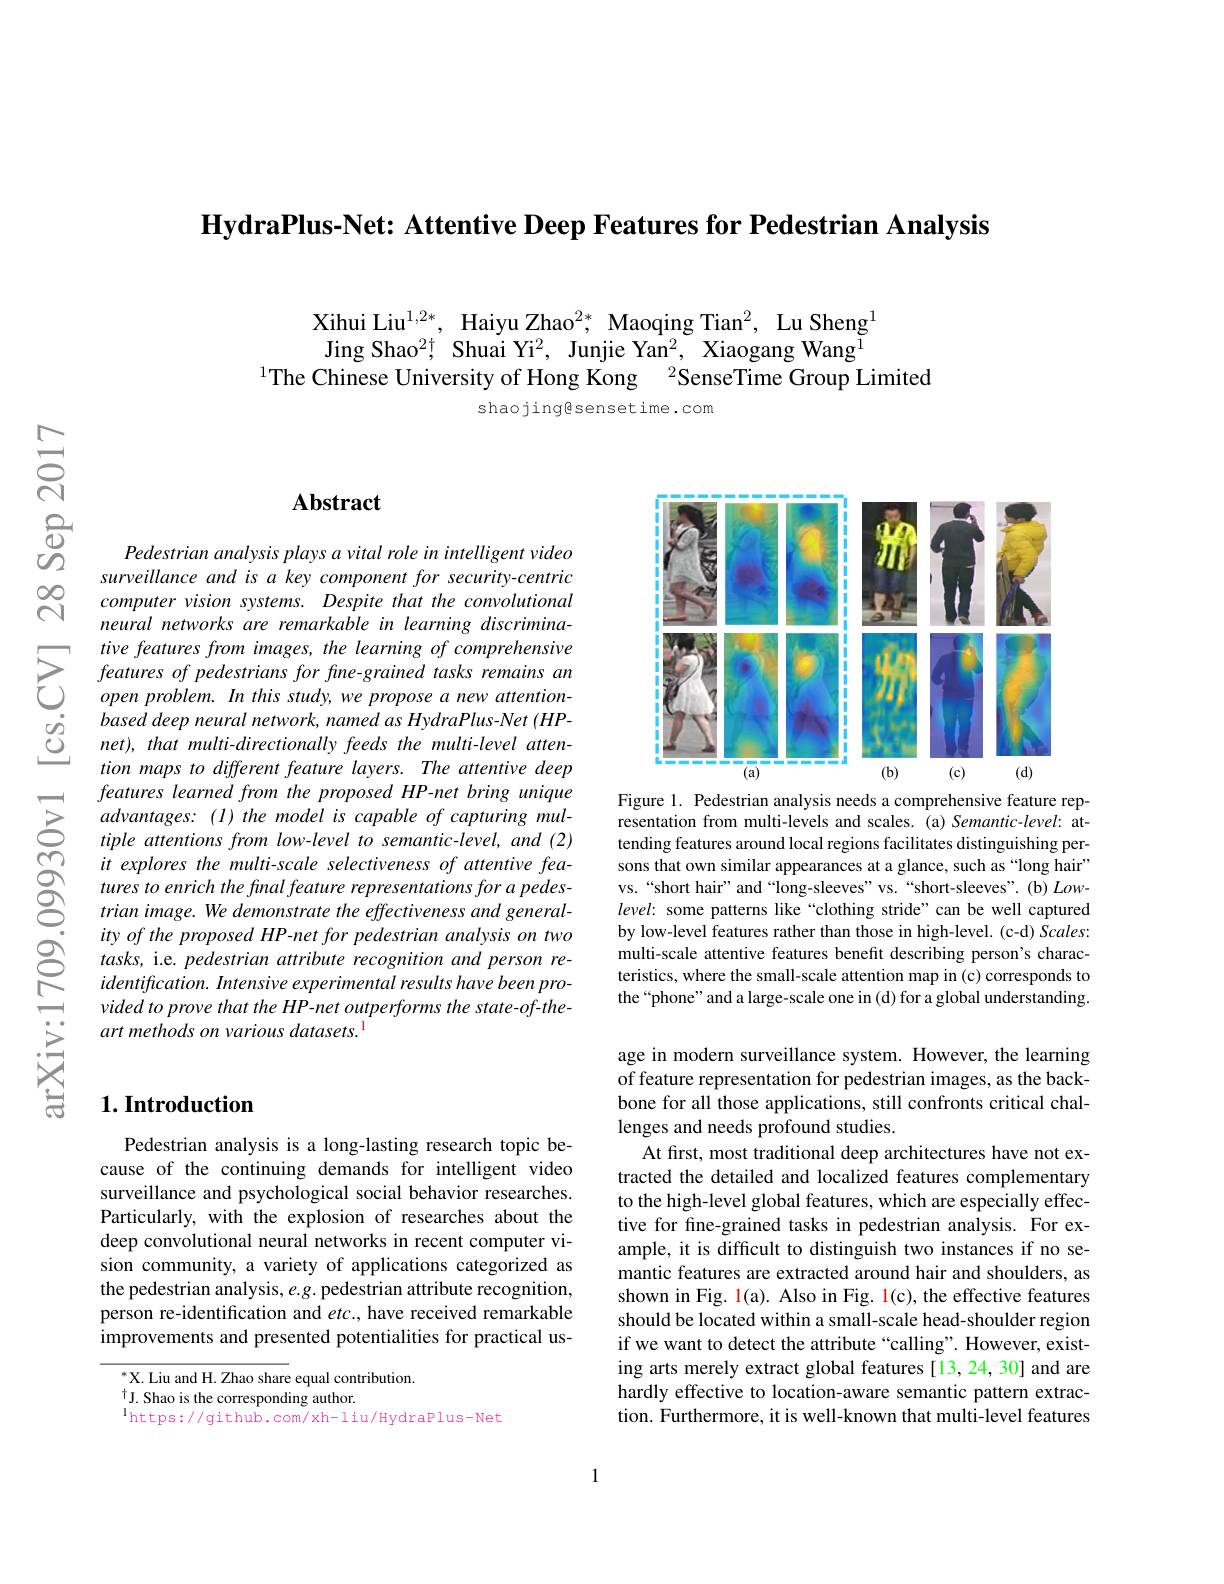
HydraPlus-Net: Attentive Deep Features for Pedestrian Analysis

Xihui Liu$^{1,2*}$, Haiyu Zhao$^{2*}$, Maoqing Tian$^2$, Lu Sheng$^{1}$ Jing Shao$^{2\dagger}$ Shuai Yi$^2$, Junjie Yan$^2$, Xiaogang Wang$^{1}$
$^{1}$The Chinese University of Hong Kong $^{2}$SenseTime Group Limited

shaojingesensetime.com

## $\mathbf{Abstract}$

Pedestrian analysis plays a vital role in intelligent video surveillance and is a key component for security-centric computer vision systems. Despite that the convolutional neural networks are remarkable in learning discrimina-
$\sum_{\begin{array}{lll}&\text{tive features from images, the learn}\end{array}}$
tion maps to different feature layers. The attentive deep features learned from the proposed HP-net bring unique advantages: (l) the model is capable of capturing multiple attentions from low-level to semantic-level, and (2) it explores the multi-scale selectiveness of attentive features to enrich the final feature representations for a pedestrian image. We demonstrate the effectiveness and generality of the proposed HP-net for pedestrian analysis on two tasks, i.e. pedestrian attribute recognition and person reidentification. Intensive experimental results have been provided to prove that the HP-net outperforms the state-of-theart methods on various datasets.$^{1}$

## $1. \textbf{Introduction}$

Pedestrian analysis is a long-lasting research topic because of the continuing demands for intelligent video surveillance and psychological social behavior researches. Particularly, with the explosion of researches about the deep convolutional neural networks in recent computer vision community, a variety of applications categorized as the pedestrian analysis, $e.g.$ pedestrian attribute recognition, person re-identification and $etc.$, have received remarkable improvements and presented potentialities for practical us-

$^{*}$X. Liu and H. Zhao share equal contribution.
$^{\dagger}$J. Shao is the corresponding author.
$^{\mathrm{l}}$https://github.com/xh-liu/HydraPlus-Net

<FigureHere>
Figure 1. Pedestrian analysis needs a comprehensive feature rep-

resentation from multi-levels and scales. (a) Semantic-level: attending features around local regions facilitates distinguishing persons that own similar appearances at a glance, such as“long hair” vs.“short hair” and“long-sleeves” vs.“short-sleeves".(b) Lowlevel: some patterns like “clothing stride”can be well captured by low-level features rather than those in high-level. (c-d) Scales: multi-scale attentive features benefit describing person's characteristics, where the small-scale attention map in (c) corresponds to the“phone”and a large-scale one in (d) for a global understanding.

age in modern surveillance system. However, the learning of feature representation for pedestrian images, as the backbone for all those applications, still confronts critical challenges and needs profound studies.
At first, most traditional deep architectures have not extracted the detailed and localized features complementary to the high-level global features, which are especially effective for fine-grained tasks in pedestrian analysis. For example, it is difficult to distinguish two instances if no semantic features are extracted around hair and shoulders, as shown in Fig. l(a). Also in Fig. 1(c), the effective features should be located within a small-scale head-shoulder region if we want to detect the attribute “calling”. However, existing arts merely extract global features [13,24,30] and are hardly effective to location-aware semantic pattern extraction. Furthermore, it is well-known that multi-level features

1